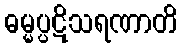
ဓမ္မပ္ပဋိသရဏာတိ